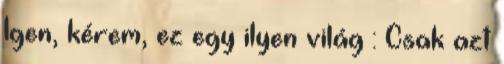
Igen, kérem, ez egy ilyen világ : Csak azt